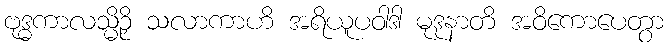
ဗုဒ္ဓကာလသ္မိဉှိ သလာကာဟိ အရိယူပဝါဒါ မုဒုနာတိ အဝိကောပေတွာ